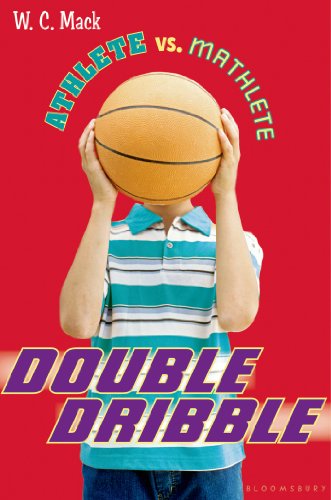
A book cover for Athlete vs. Mathlete: Double Dribble; W. C. Mack; Children's Books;